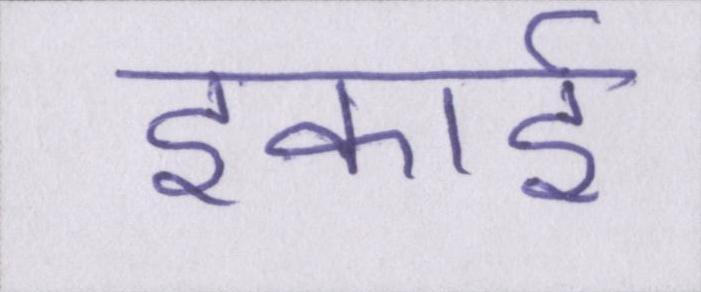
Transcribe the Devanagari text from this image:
इकाई